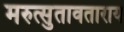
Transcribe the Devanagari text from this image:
मरुत्सुतावताराय